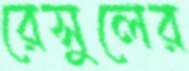
রেসুলের